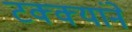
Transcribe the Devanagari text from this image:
टक्क्यांने